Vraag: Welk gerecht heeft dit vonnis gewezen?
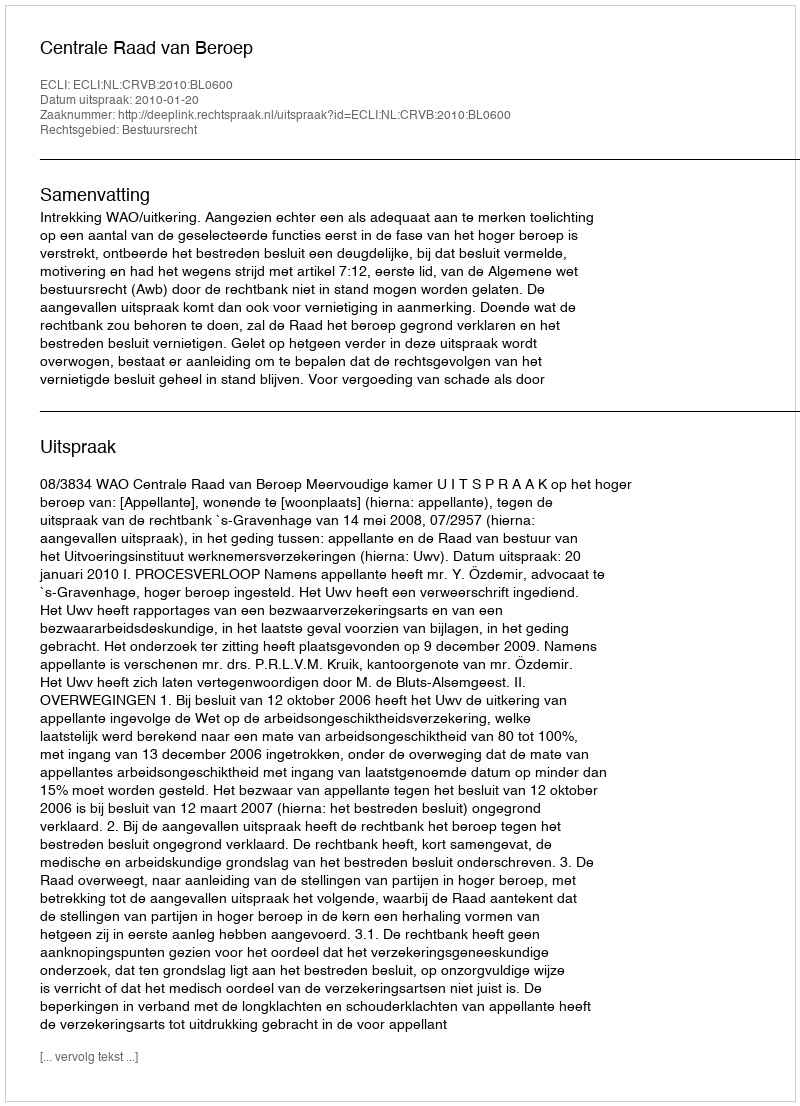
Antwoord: Centrale Raad van Beroep